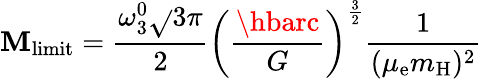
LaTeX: \mathbf{M}_{\mathrm{{{limit}}}}={\frac{{\omega_{3}^{0}{\sqrt{}{{3\pi}}}}}{{2}}}\left({\frac{{\hbarc}}{{G}}}\right)^{\frac{{3}}{{2}}}{\frac{{1}}{{(\mu_{\mathrm{{e}}}m_{\mathrm{{H}}})^{2}}}}